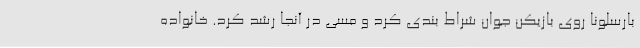
بارسلونا روی بازیکن جوان شراط بندی کرد و مسی در آنجا رشد کرد. خانواده